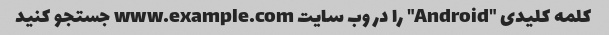
کلمه کلیدی "Android" را در وب سایت www.example.com جستجو کنید